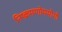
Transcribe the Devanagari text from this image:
निष्क्रमणोपयोगी